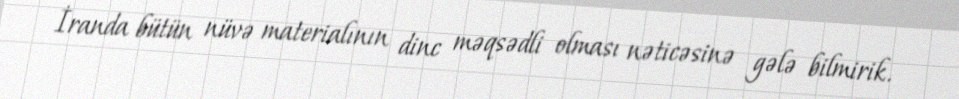
İranda bütün nüvə materialının dinc məqsədli olması nəticəsinə gələ bilmirik.